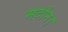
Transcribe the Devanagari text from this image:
मर्दान।